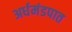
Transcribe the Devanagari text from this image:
अर्धमंडपात